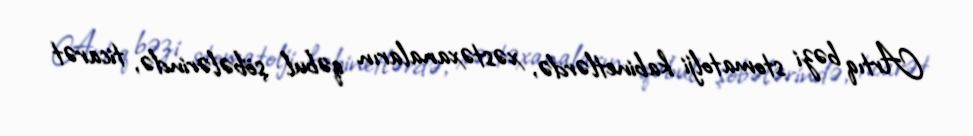
Artıq bəzi stomatolji kabinetlərdə, xəstəxanaların qəbul şöbələrində, ticarət